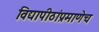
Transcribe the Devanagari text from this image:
विद्यापीठांप्रमाणेच